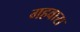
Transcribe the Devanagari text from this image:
गहवारा